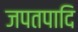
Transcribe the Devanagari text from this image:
जपतपादि